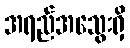
အရည်အသွေးရှိ